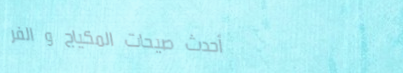
أحدث صيحات المكياج و الفر